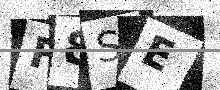
Text: F8SE